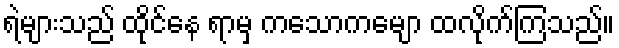
ရဲများသည် ထိုင်နေ ရာမှ ကသောကမျော ထလိုက်ကြသည်။